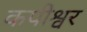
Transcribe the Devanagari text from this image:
कपीश्वर